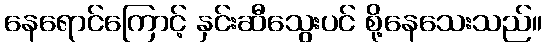
နေရောင်ကြောင့် နှင်းဆီသွေးပင် စို့နေသေးသည်။